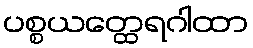
ပစ္စယတ္ထေရဂါထာ